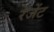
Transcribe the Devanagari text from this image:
रेजेंट